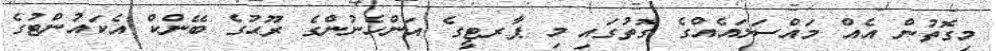
މިގޮތުން އެއް މައްސަލައެއްގެ ގޮތުގައި މި ޕާރޓީގެ އަންހެނުންގެ ރޫޙުގެ ބޭންކް އެކައުންޓުގެ